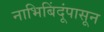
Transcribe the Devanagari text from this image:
नाभिबिंदूंपासून